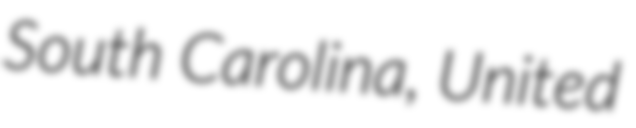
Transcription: South Carolina, United